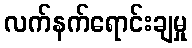
လက်နက်ရောင်းချမှု